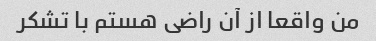
من واقعا از آن راضی هستم با تشکر